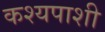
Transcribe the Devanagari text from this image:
कश्यपाशी